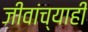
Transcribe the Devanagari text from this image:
जीवांच्याही